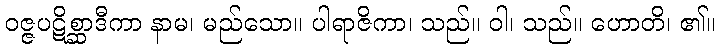
ဝဇ္ဇပဋိစ္ဆာဒီကာ နာမ၊ မည်သော။ ပါရာဇိကာ၊ သည်။ ဝါ၊ သည်။ ဟောတိ၊ ၏။